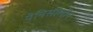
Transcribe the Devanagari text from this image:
पेनिसीलीन